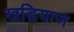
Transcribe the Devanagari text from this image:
खड़ियाज